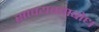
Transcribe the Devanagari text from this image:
सावयवताबोध